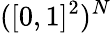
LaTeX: ([0,1]^{2})^{N}